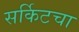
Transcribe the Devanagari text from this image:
सर्किटचा